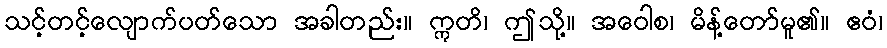
သင့်တင့်လျောက်ပတ်သော အခါတည်း။ ဣတိ၊ ဤသို့။ အဝေါစ၊ မိန့်တော်မူ၏။ ဧဝံ၊